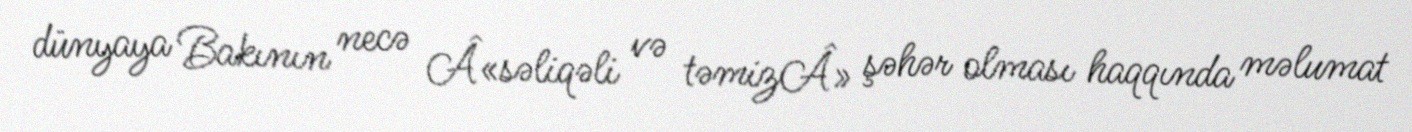
dünyaya Bakının necə Â«səliqəli və təmizÂ» şəhər olması haqqında məlumat